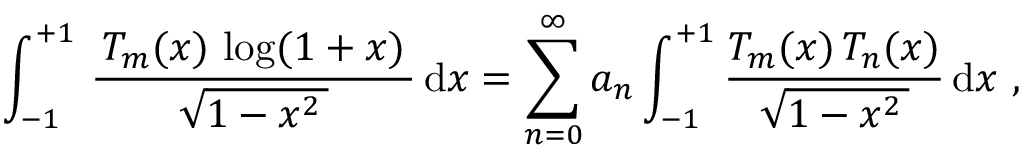
\int _ { - 1 } ^ { + 1 } \, { \frac { \, T _ { m } ( x ) \, \log ( 1 + x ) \, } { \, { \sqrt { 1 - x ^ { 2 } \, } } \, } } \, \mathrm { d } x = \sum _ { n = 0 } ^ { \infty } a _ { n } \int _ { - 1 } ^ { + 1 } { \frac { T _ { m } ( x ) \, T _ { n } ( x ) } { \, { \sqrt { 1 - x ^ { 2 } \, } } \, } } \, \mathrm { d } x ~ ,